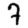
Digit: 7